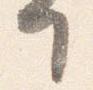
て